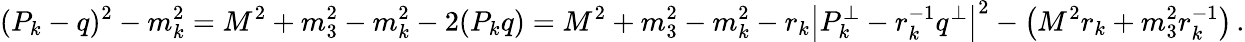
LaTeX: (P_{k}-q)^{2}-m_{k}^{2}=M^{2}+m_{3}^{2}-m_{k}^{2}-2(P_{k}q)=M^{2}+m_{3}^{2}-m_{k}^{2}-r_{k}\left|P_{k}^{\perp}-r_{k}^{-1}q^{\perp}\right|^{2}-\left(M^{2}r_{k}+m_{3}^{2}r_{k}^{-1}\right)\, .